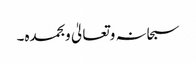
سبحانہ وتعالیٰ وبحمدہ۔